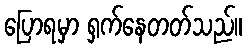
ပြောရမှာ ရှက်နေတတ်သည်။